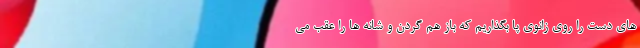
های دست را روی زانوی پا بگذاریم که باز هم گردن و شانه ها را عقب می